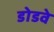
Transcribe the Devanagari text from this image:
डोडवे